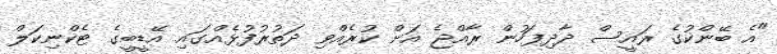
"އެ ބޭންކުގެ ރައީސް ދާދިފަހުން ރާއްޖެ އަށް ކުރެއްވި ދަތުރުފުޅެއްގައި އޭޑީބީގެ ޓެކްނިކަލް